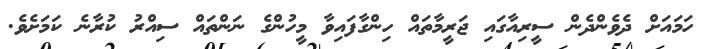
ހަމައަށް ދެވެންދެން ސީރިއާގައި ޖަރީމާތައް ހިންގާފައިވާ މީހުންގެ ނަންތައް ސިއްރު ކުރާނެ ކަމަށެވެ.